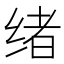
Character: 绪